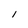
Character: 1